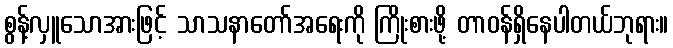
စွန့်လှူသောအားဖြင့် သာသနာတော်အရေးကို ကြိုးစားဖို့ တာဝန်ရှိနေပါတယ်ဘုရား။